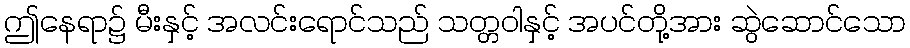
ဤနေရာ၌ မီးနှင့် အလင်းရောင်သည် သတ္တဝါနှင့် အပင်တို့အား ဆွဲဆောင်သော